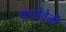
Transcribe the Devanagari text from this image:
पडतेवेळी